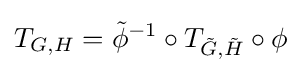
T_{G,H}={\tilde {\phi }}^{-1}\circ T_{{\tilde {G}},{\tilde {H}}}\circ \phi